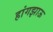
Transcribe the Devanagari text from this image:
हांगझाऊ